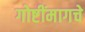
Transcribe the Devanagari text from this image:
गोष्टींमागचे